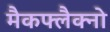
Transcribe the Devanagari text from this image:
मैकफ्लैक्नो